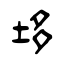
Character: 垑